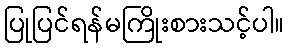
ပြုပြင်ရန်မကြိုးစားသင့်ပါ။